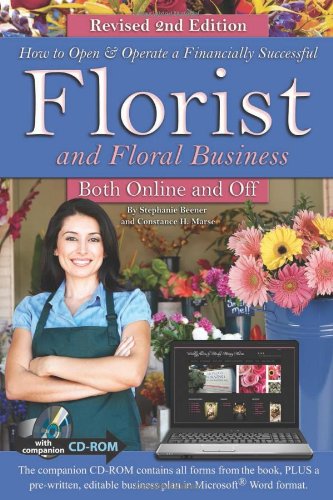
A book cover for How to Open & Operate a Financially Successful Florist and Floral Business Both Online and Off with Companion CD-ROM REVISED 2ND EDITION (How to Open and Operate a Financially Successful...); Stephanie Beener; Crafts, Hobbies & Home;